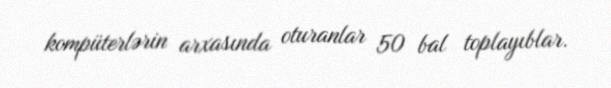
kompüterlərin arxasında oturanlar 50 bal toplayıblar.